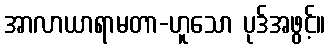
အာလာယာရာမတာ-ဟူသော ပုဒ်အဖွင့်။